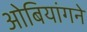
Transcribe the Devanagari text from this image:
ओबियांगने